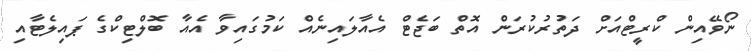
ނޯވޭއިން ކްރީޓްއަށް ދަތުރުކުރަން އޮތް ބަޖެޓް އެއާލައިނެއް ކަމުގައިވާ އެއާ ބޮލްޓިކްގެ ޕައިލެޓާއި